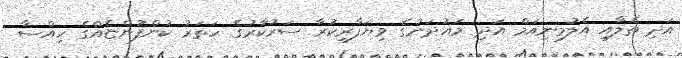
އަދި ތެލާއި އެލުމިނިއަމް އަދި މައުދަނުގެ ވިޔަފާރިކުރާ ސަރުކާރުގެ ހަތަރު ކުންފުންޏެއްގެ ހިއްސާ